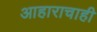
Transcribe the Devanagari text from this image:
आहाराचाही